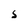
Character: S